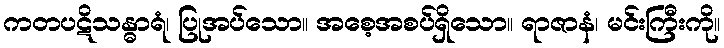
ကတပဋိသန္ဓာရံ၊ ပြုအပ်သော။ အစေ့အစပ်ရှိသော။ ရာဇာနံ၊ မင်းကြီးကို။